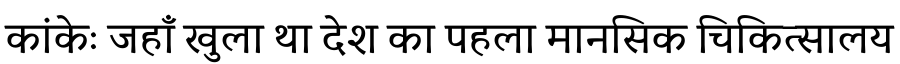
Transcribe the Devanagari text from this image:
कांकेः जहाँ खुला था देश का पहला मानसिक चिकित्सालय